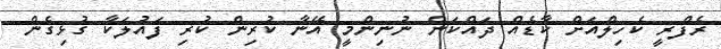
ރެފްރީ ކެހިލްއަށް ކާޑެއް ދައްކަން ނުނިންމީ އޭނާ ކުރިން ކުރި ފައުލަކާ ގުޅިގެން